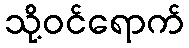
သို့ဝင်ရောက်